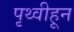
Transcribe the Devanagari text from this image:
पृथ्वीहून